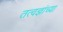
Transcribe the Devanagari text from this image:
तत्वज्ञांच्या